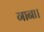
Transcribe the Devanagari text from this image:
गाना।